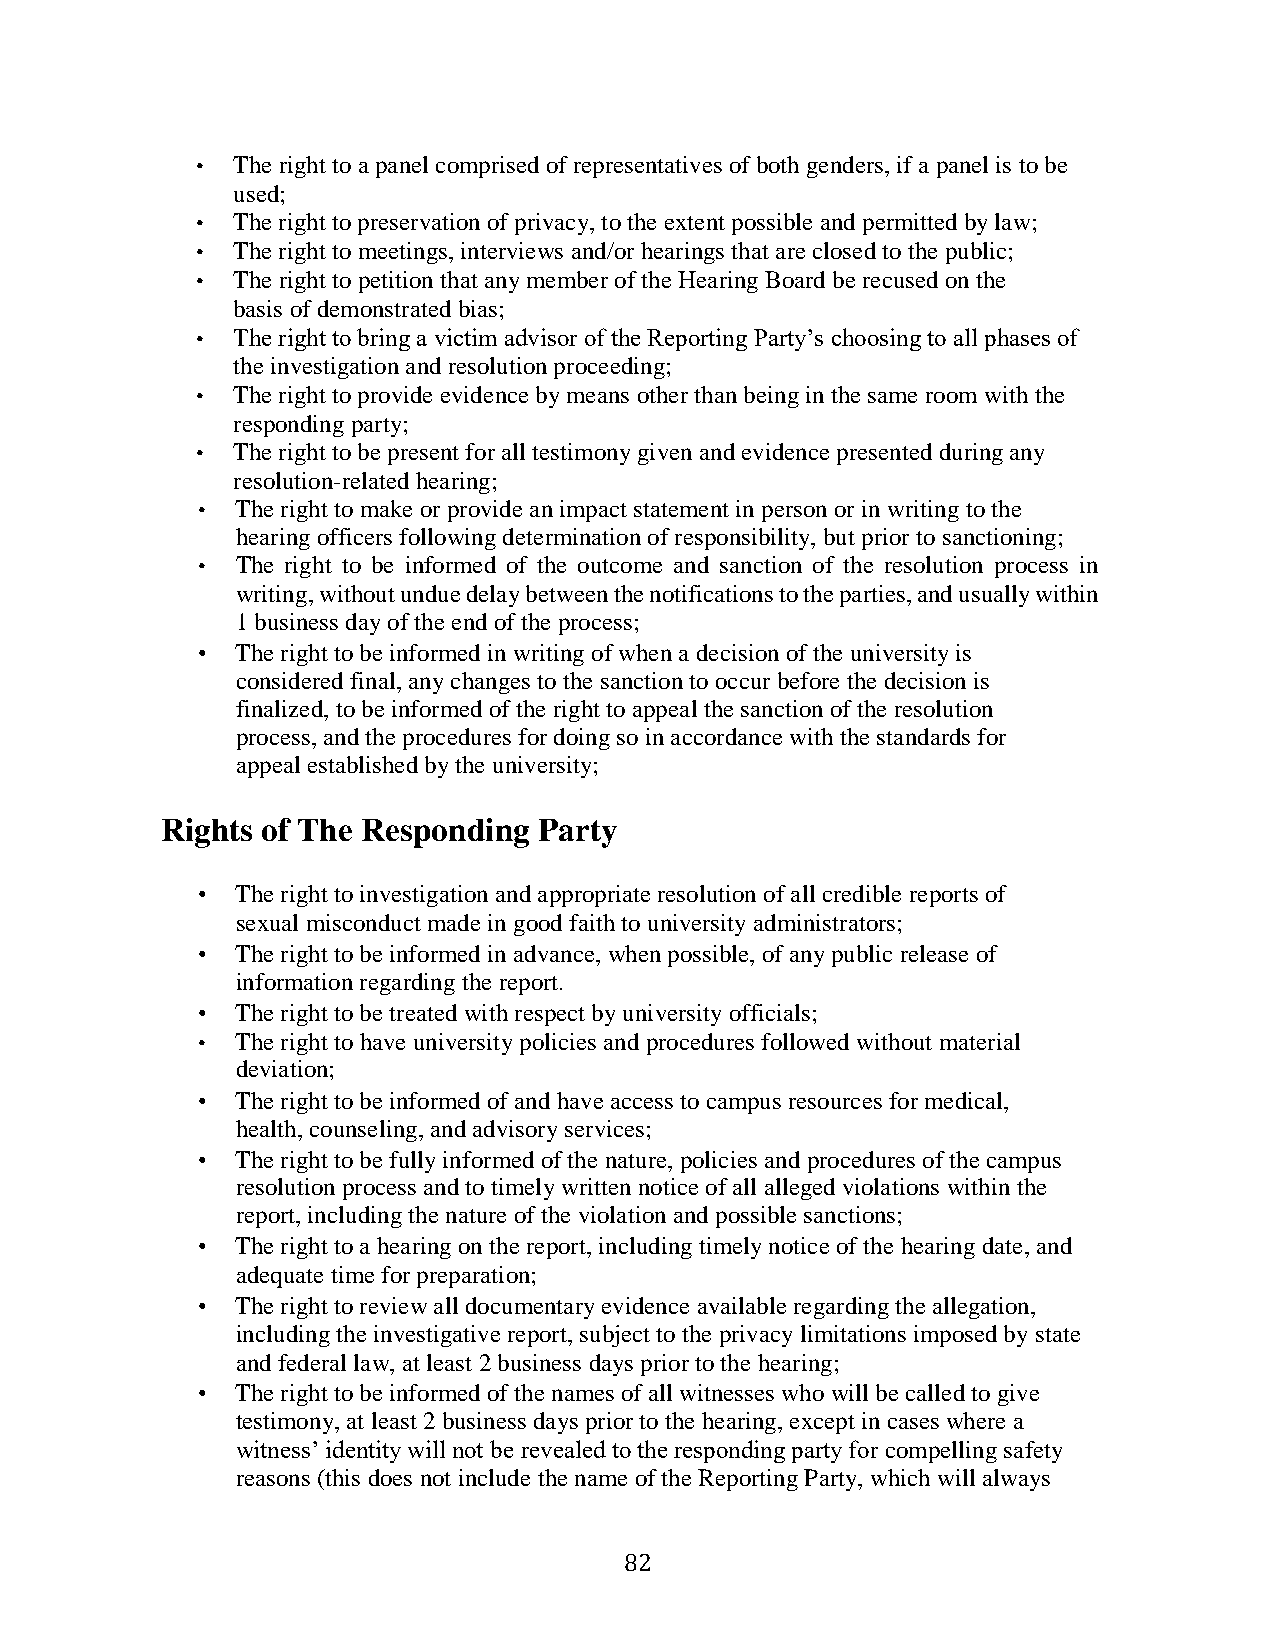
• The right to a panel comprised of representatives of both genders, if a panel is to be
 used;
 • The right to preservation of privacy, to the extent possible and permitted by law;
 • The right to meetings, interviews and/or hearings that are closed to the public;
 • The right to petition that any member of the Hearing Board be recused on the
 basis of demonstrated bias;
 • The right to bring a victim advisor of the Reporting Party’s choosing to all phases of
 the investigation and resolution proceeding;
 • The right to provide evidence by means other than being in the same room with the
 responding party;
 • The right to be present for all testimony given and evidence presented during any
 resolution-related hearing;
 •  The right to make or provide an impact statement in person or in writing to the
 hearing officers following determination of responsibility, but prior to sanctioning;
 •  The right to be informed of the outcome and sanction of the resolution process in
 writing, without undue delay between the notifications to the parties, and usually within
 1 business day of the end of the process;
 •  The right to be informed in writing of when a decision of the university is
 considered final, any changes to the sanction to occur before the decision is
 finalized, to be informed of the right to appeal the sanction of the resolution
 process, and the procedures for doing so in accordance with the standards for
 appeal established by the university;
 Rights of The Responding Party
 •  The right to investigation and appropriate resolution of all credible reports of
 sexual misconduct made in good faith to university administrators;
 •  The right to be informed in advance, when possible, of any public release of
 information regarding the report.
 •  The right to be treated with respect by university officials;
 •  The right to have university policies and procedures followed without material
 deviation;
 •  The right to be informed of and have access to campus resources for medical,
 health, counseling, and advisory services;
 •  The right to be fully informed of the nature, policies and procedures of the campus
 resolution process and to timely written notice of all alleged violations within the
 report, including the nature of the violation and possible sanctions;
 •  The right to a hearing on the report, including timely notice of the hearing date, and
 adequate time for preparation;
 •  The right to review all documentary evidence available regarding the allegation,
 including the investigative report, subject to the privacy limitations imposed by state
 and federal law, at least 2 business days prior to the hearing;
 •  The right to be informed of the names of all witnesses who will be called to give
 testimony, at least 2 business days prior to the hearing, except in cases where a
 witness’ identity will not be revealed to the responding party for compelling safety
 reasons (this does not include the name of the Reporting Party, which will always
 82